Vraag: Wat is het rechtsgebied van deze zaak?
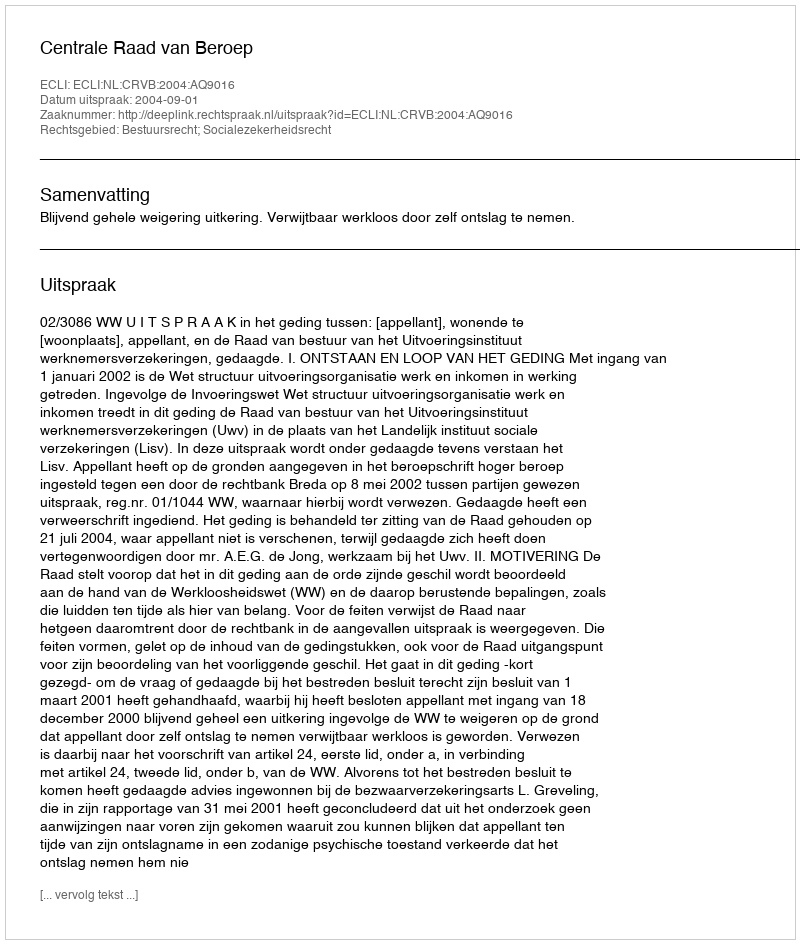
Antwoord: Bestuursrecht; Socialezekerheidsrecht